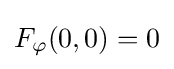
F_{\varphi }(0,0)=0